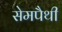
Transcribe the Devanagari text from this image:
सेमपैथी